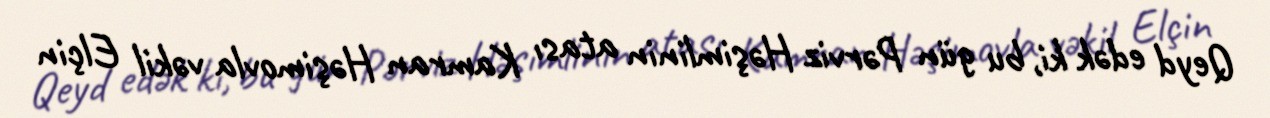
Qeyd edək ki, bu gün Pərviz Həşimlinin atası Kamran Həşimovla vəkil Elçin